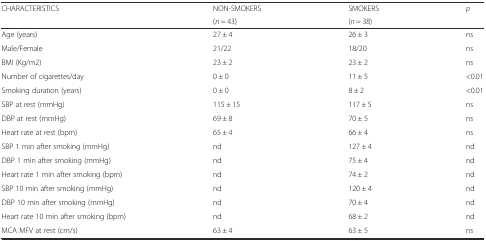
<table><thead><tr><td rowspan="2"><b>CHARACTERISTICS</b></td><td><b>NON-SMOKERS</b></td><td><b>SMOKERS</b></td><td rowspan="2"><b><i>p</i></b></td></tr><tr><td><b>(<i>n</i> = 43)</b></td><td><b>(<i>n</i> = 38)</b></td></tr></thead><tbody><tr><td>Age (years)</td><td>27 ± 4</td><td>26 ± 3</td><td>ns</td></tr><tr><td>Male/Female</td><td>21/22</td><td>18/20</td><td>ns</td></tr><tr><td>BMI (Kg/m2)</td><td>23 ± 2</td><td>23 ± 2</td><td>ns</td></tr><tr><td>Number of cigarettes/day</td><td>0 ± 0</td><td>11 ± 5</td><td>&lt;0.01</td></tr><tr><td>Smoking duration (years)</td><td>0 ± 0</td><td>8 ± 2</td><td>&lt;0.01</td></tr><tr><td>SBP at rest (mmHg)</td><td>115 ± 15</td><td>117 ± 5</td><td>ns</td></tr><tr><td>DBP at rest (mmHg)</td><td>69 ± 8</td><td>70 ± 5</td><td>ns</td></tr><tr><td>Heart rate at rest (bpm)</td><td>65 ± 4</td><td>66 ± 4</td><td>ns</td></tr><tr><td>SBP 1 min after smoking (mmHg)</td><td>nd</td><td>127 ± 4</td><td>nd</td></tr><tr><td>DBP 1 min after smoking (mmHg)</td><td>nd</td><td>75 ± 4</td><td>nd</td></tr><tr><td>Heart rate 1 min after smoking (bpm)</td><td>nd</td><td>74 ± 2</td><td>nd</td></tr><tr><td>SBP 10 min after smoking (mmHg)</td><td>nd</td><td>120 ± 4</td><td>nd</td></tr><tr><td>DBP 10 min after smoking (mmHg)</td><td>nd</td><td>70 ± 4</td><td>nd</td></tr><tr><td>Heart rate 10 min after smoking (bpm)</td><td>nd</td><td>68 ± 2</td><td>nd</td></tr><tr><td>MCA MFV at rest (cm/s)</td><td>63 ± 4</td><td>63 ± 5</td><td>ns</td></tr></tbody></table>